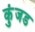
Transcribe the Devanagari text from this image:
कुंजड